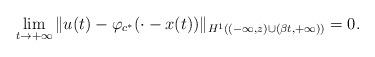
LaTeX: \begin{align*}\lim_{t\to+\infty}\Vert u(t)-\varphi_{c^*}(\cdot-x(t))\Vert_{H^1((-\infty,z)\cup(\beta t,+\infty))}=0.\end{align*}